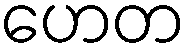
ဟေတ